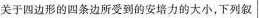
关于四边形的四条边所受到的安培力的大小，下列叙